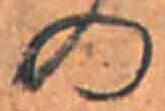
の